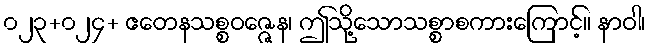
၀၂၃+၀၂၄+ ဧတေနသစ္စဝဇ္ဇေန၊ ဤသို့သောသစ္စာစကားကြောင့်။ နာဝါ၊